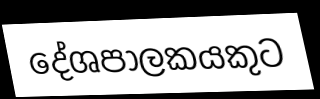
දේශපාලකයකුට